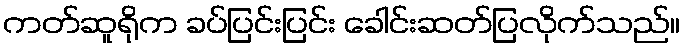
ကတ်ဆူရိုက ခပ်ပြင်းပြင်း ခေါင်းဆတ်ပြလိုက်သည်။